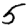
Digit: 5